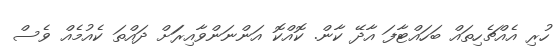
ހުރި އެއްޗެހިތައް ބަހައްޓާފަ އާދޭ ކާން. ކޮއްކޮ އަންނަންވާއިރަަށް ދައްތަ ކެއުމެއް ވެސް